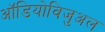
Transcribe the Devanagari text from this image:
ऑडियोविजुअल